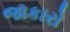
જાકારો